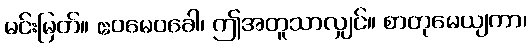
မင်းမြတ်။ ဧဝမေဝခေါ၊ ဤအတူသာလျှင်။ စာတုမေယျကာ၊